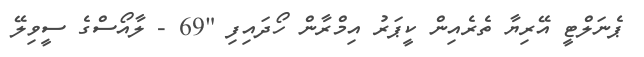
ޕެނަލްޓީ އޭރިޔާ ތެރެއިން ކީޕަރު އިމްރާން ހޯދައިފި "69 - ލާއޯސްގެ ސީވިލޭ